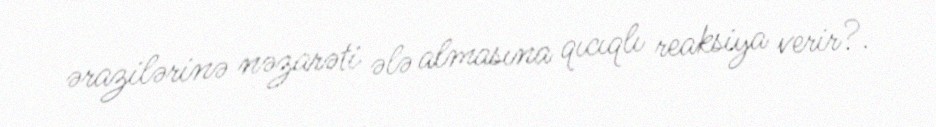
ərazilərinə nəzarəti ələ almasına qıcıqlı reaksiya verir?.